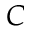
C